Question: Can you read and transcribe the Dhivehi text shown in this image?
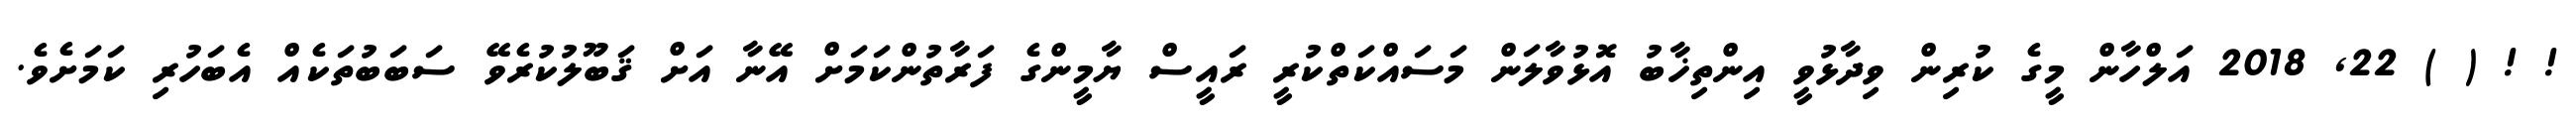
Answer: ! ! ( ) 22, 2018 އަލްހާން މީގެ ކުރިން ވިދާޅުވީ އިންތިޚާބު އޮޅުވާލަން މަސައްކަތްކުރީ ރައީސް ޔާމީންގެ ފަރާތުންކަމަށް އޭނާ އަށް ޤަބޫލުކުރެވޭ ސަބަބުތަކެއް އެބަހުރި ކަމަށެވެ.